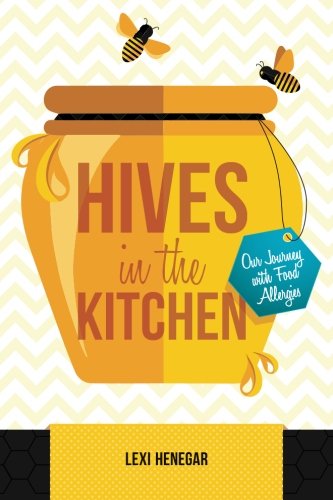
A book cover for Hives in the Kitchen: Our Journey with Food Allergies; Lexi Henegar; Health, Fitness & Dieting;